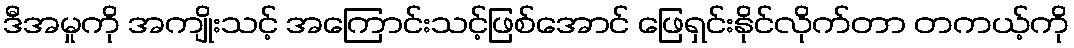
ဒီအမှုကို အကျိုးသင့် အကြောင်းသင့်ဖြစ်အောင် ဖြေရှင်းနိုင်လိုက်တာ တကယ့်ကို